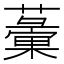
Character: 𧁸